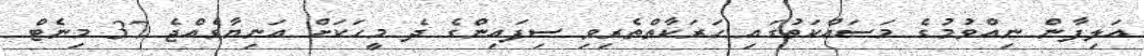
އަލިފާން ނިއްވުމުގެ މަސައްކަތުގައި ހަރަކާތްތެރިވި ސިފައިންގެ ދެ މީހަކަށް އަނިޔާވެއްޖެ 37 މިނެޓް